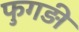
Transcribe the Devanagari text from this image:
फुगड़ी